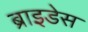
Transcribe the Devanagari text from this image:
ब्राइडेस